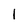
Character: l